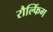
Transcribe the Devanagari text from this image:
रौल्फिंग